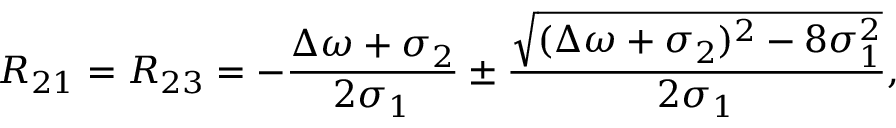
R _ { 2 1 } = R _ { 2 3 } = - \frac { \Delta \omega + \sigma _ { 2 } } { 2 \sigma _ { 1 } } \pm \frac { \sqrt { ( \Delta \omega + \sigma _ { 2 } ) ^ { 2 } - 8 \sigma _ { 1 } ^ { 2 } } } { 2 \sigma _ { 1 } } ,